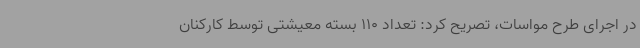
در اجرای طرح مواسات، تصریح کرد: تعداد 110 بسته معیشتی توسط کارکنان